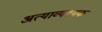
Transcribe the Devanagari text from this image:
अत्याव्यश्यक